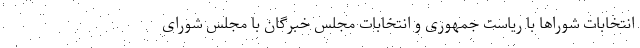
انتخابات شوراها با ریاست جمهوری و انتخابات مجلس خبرگان با مجلس شورای